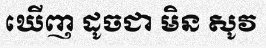
ឃើញ ដូចជា មិន សូវ